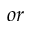
o r